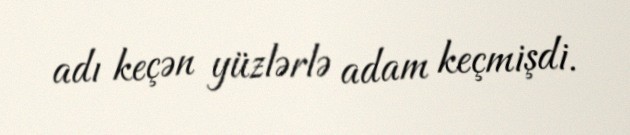
adı keçən yüzlərlə adam keçmişdi.